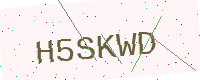
Text: H5SKWD